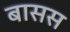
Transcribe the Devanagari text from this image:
बासस